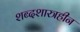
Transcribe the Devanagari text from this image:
शब्दशास्त्रहीन